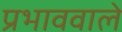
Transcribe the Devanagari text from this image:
प्रभाववाले